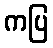
ကပြ